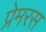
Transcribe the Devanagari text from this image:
प्रेमरस